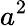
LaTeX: a^{2}